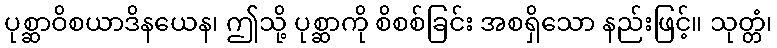
ပုစ္ဆာဝိစယာဒိနယေန၊ ဤသို့ ပုစ္ဆာကို စိစစ်ခြင်း အစရှိသော နည်းဖြင့်။ သုတ္တံ၊